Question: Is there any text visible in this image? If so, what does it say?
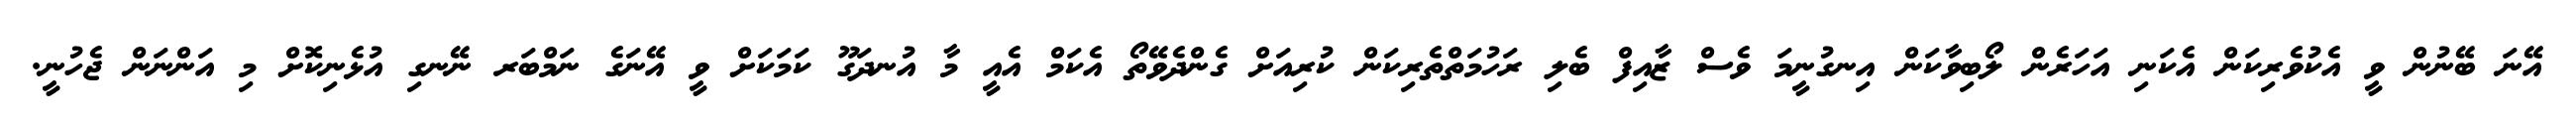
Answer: އޭނަ ބޭނުން ވީ އެކުވެރިކަން އެކަނި އަހަރެން ލޯބިވާކަން އިނގުނީމަ ވެސް ޒާއިފް ބެލި ރަހުމަތްތެރިކަން ކުރިއަށް ގެންދެވޭތޯ އެކަމް އެއީ މާ އުނދަގޫ ކަމަކަށް ވީ އޭނަގެ ނަމްބަރ ނޭނގި އުޅެނިކޮށް މި އަންނަން ޖެހުނީ.